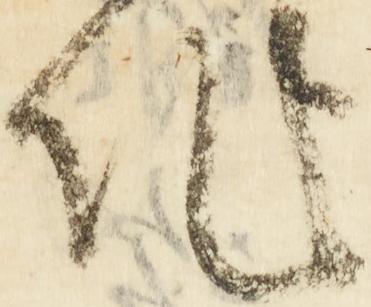
作